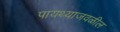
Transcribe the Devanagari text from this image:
पायथ्याजवळील